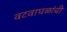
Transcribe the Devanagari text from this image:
वटवाघळांची